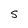
Character: S